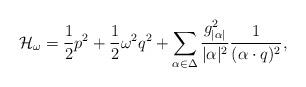
LaTeX: \begin{align*}{\cal H}_{\omega}={1\over2}p^2+{1\over2}\omega^2q^2+ \sum_{\alpha\in\Delta} {g_{|\alpha|}^{2}\over |\alpha|^{2}}{1\over{(\alpha\cdot q)^2}}, \end{align*}